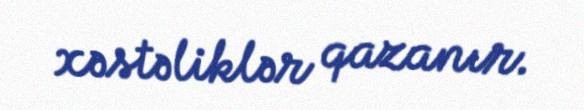
xəstəliklər qazanır.